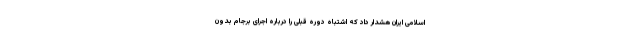
اسلامی ایران هشدار داد که اشتباه دوره قبلی را درباره اجرای برجام بدون